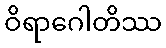
ဝိရာဂေါတိဿ